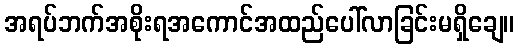
အရပ်ဘက်အစိုးရအကောင်အထည်ပေါ်လာခြင်းမရှိချေ။